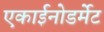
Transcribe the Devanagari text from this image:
एकाईनोडर्मेट